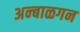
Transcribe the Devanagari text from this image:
अन्बाळगन